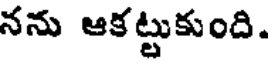
నను ఆకట్టుకుంది.